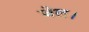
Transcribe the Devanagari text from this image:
जेल।